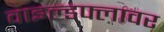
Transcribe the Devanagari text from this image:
वाइल्डफ्लावर